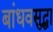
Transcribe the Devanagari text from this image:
बांधवसुद्धा